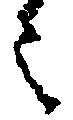
之